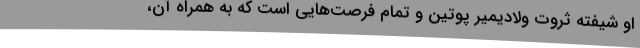
او شیفته ثروت ولادیمیر پوتین و تمام فرصت‌هایی است که به همراه آن،